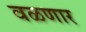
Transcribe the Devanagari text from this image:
वळणार